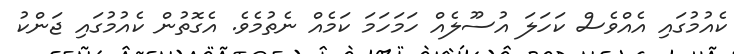
ކެއުމުގައި އެއްވެސް ކަހަލަ އުސޫލެއް ހަމަހަމަ ކަމެއް ނެތުމެވެ. އެގޮތުން ކެއުމުގައި ޖަންކު